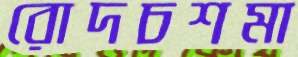
রোদচশমা